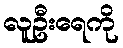
လူဦးရေကို